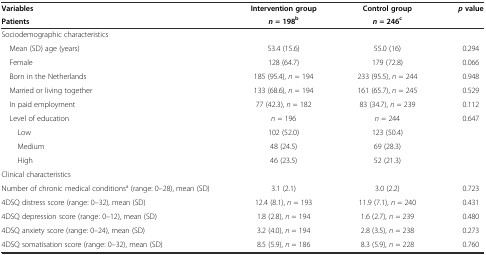
<table><thead><tr><td><b>Variables</b></td><td><b>Intervention group</b></td><td><b>Control group</b></td><td rowspan="2"><b><i>p</i>value</b></td></tr><tr><td><b>Patients</b></td><td><b><i>n</i>= 198<sup>b</sup></b></td><td><b><i>n</i>= 246<sup>c</sup></b></td></tr></thead><tbody><tr><td colspan="4">Sociodemographic characteristics</td></tr><tr><td> Mean (SD) age (years)</td><td>53.4 (15.6)</td><td>55.0 (16)</td><td>0.294</td></tr><tr><td> Female</td><td>128 (64.7)</td><td>179 (72.8)</td><td>0.066</td></tr><tr><td> Born in the Netherlands</td><td>185 (95.4), <i>n</i> = 194</td><td>233 (95.5), <i>n</i> = 244</td><td>0.948</td></tr><tr><td> Married or living together</td><td>133 (68.6), <i>n</i> = 194</td><td>161 (65.7), <i>n</i> = 245</td><td>0.529</td></tr><tr><td> In paid employment</td><td>77 (42.3), <i>n</i> = 182</td><td>83 (34.7), <i>n</i> = 239</td><td>0.112</td></tr><tr><td> Level of education</td><td><i>n</i> = 196</td><td><i>n</i> = 244</td><td>0.647</td></tr><tr><td>Low</td><td>102 (52.0)</td><td>123 (50.4)</td><td></td></tr><tr><td>Medium</td><td>48 (24.5)</td><td>69 (28.3)</td><td></td></tr><tr><td>High</td><td>46 (23.5)</td><td>52 (21.3)</td><td></td></tr><tr><td colspan="4">Clinical characteristics</td></tr><tr><td>Number of chronic medical conditions<sup>a</sup> (range: 0–28), mean (SD)</td><td>3.1 (2.1)</td><td>3.0 (2.2)</td><td>0.723</td></tr><tr><td>4DSQ distress score (range: 0–32), mean (SD)</td><td>12.4 (8.1), <i>n</i> = 193</td><td>11.9 (7.1), <i>n</i> = 240</td><td>0.431</td></tr><tr><td>4DSQ depression score (range: 0–12), mean (SD)</td><td>1.8 (2.8), <i>n</i> = 194</td><td>1.6 (2.7), <i>n</i> = 239</td><td>0.480</td></tr><tr><td>4DSQ anxiety score (range: 0–24), mean (SD)</td><td>3.2 (4.0), <i>n</i> = 194</td><td>2.8 (3.5), <i>n</i> = 238</td><td>0.273</td></tr><tr><td>4DSQ somatisation score (range: 0–32), mean (SD)</td><td>8.5 (5.9), <i>n</i> = 186</td><td>8.3 (5.9), <i>n</i> = 228</td><td>0.760</td></tr></tbody></table>